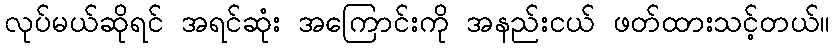
လုပ်မယ်ဆိုရင် အရင်ဆုံး အကြောင်းကို အနည်းငယ် ဖတ်ထားသင့်တယ်။